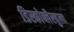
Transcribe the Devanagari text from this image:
डिस्कोब्लैस्चुला